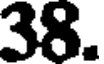
38.